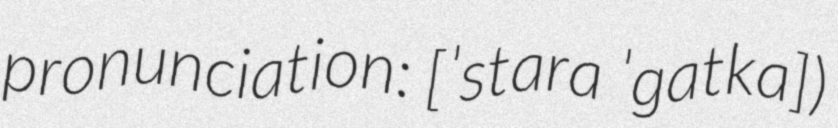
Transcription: pronunciation: [ˈstara ˈɡatka])